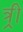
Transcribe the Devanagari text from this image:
त्र्री